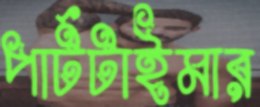
পার্টটাইমার